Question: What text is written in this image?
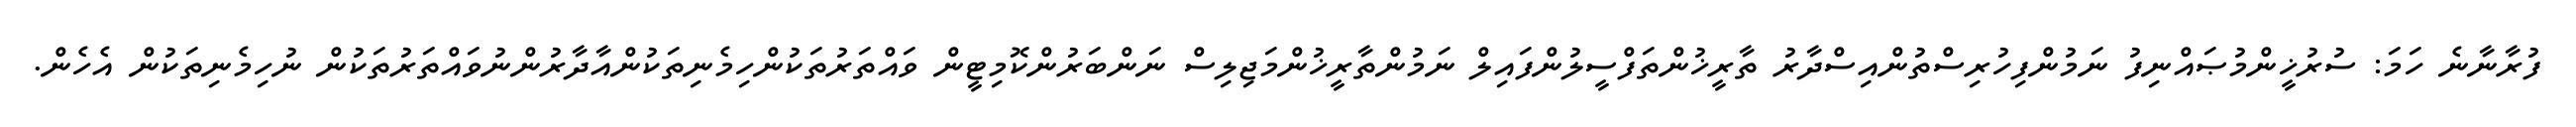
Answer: ފުރާނާނެ ހަމަ: ސުރުޚީންމުޞައްނިފު ނަމުންފިހުރިސްތުންއިސްދާރު ތާރީޚުންތަފްސީލުންފައިލް ނަމުންތާރީޚުންމަޖިލިސް ނަންބަރުންކޮމިޓީން ވައްތަރުތަކުންހިމެނިތަކުންއާދާރުންނުވައްތަރުތަކުން ނުހިމެނިތަކުން އެހެން.